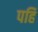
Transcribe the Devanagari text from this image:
पहिं